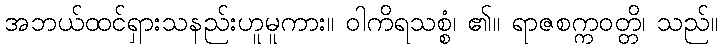
အဘယ်ထင်ရှားသနည်းဟူမူကား။ ဝါကိရသစ္စံ၊ ၏။ ရာဇစက္ကဝတ္တိ၊ သည်။